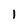
Character: l